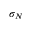
\sigma _ { N }